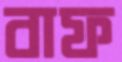
বাফ